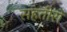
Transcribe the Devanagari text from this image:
सहतीरों